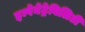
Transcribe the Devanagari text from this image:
इम्पेनेट्रेबिलिटी